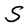
Character: S